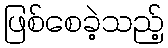
ဖြစ်စေခဲ့သည့်